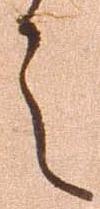
言